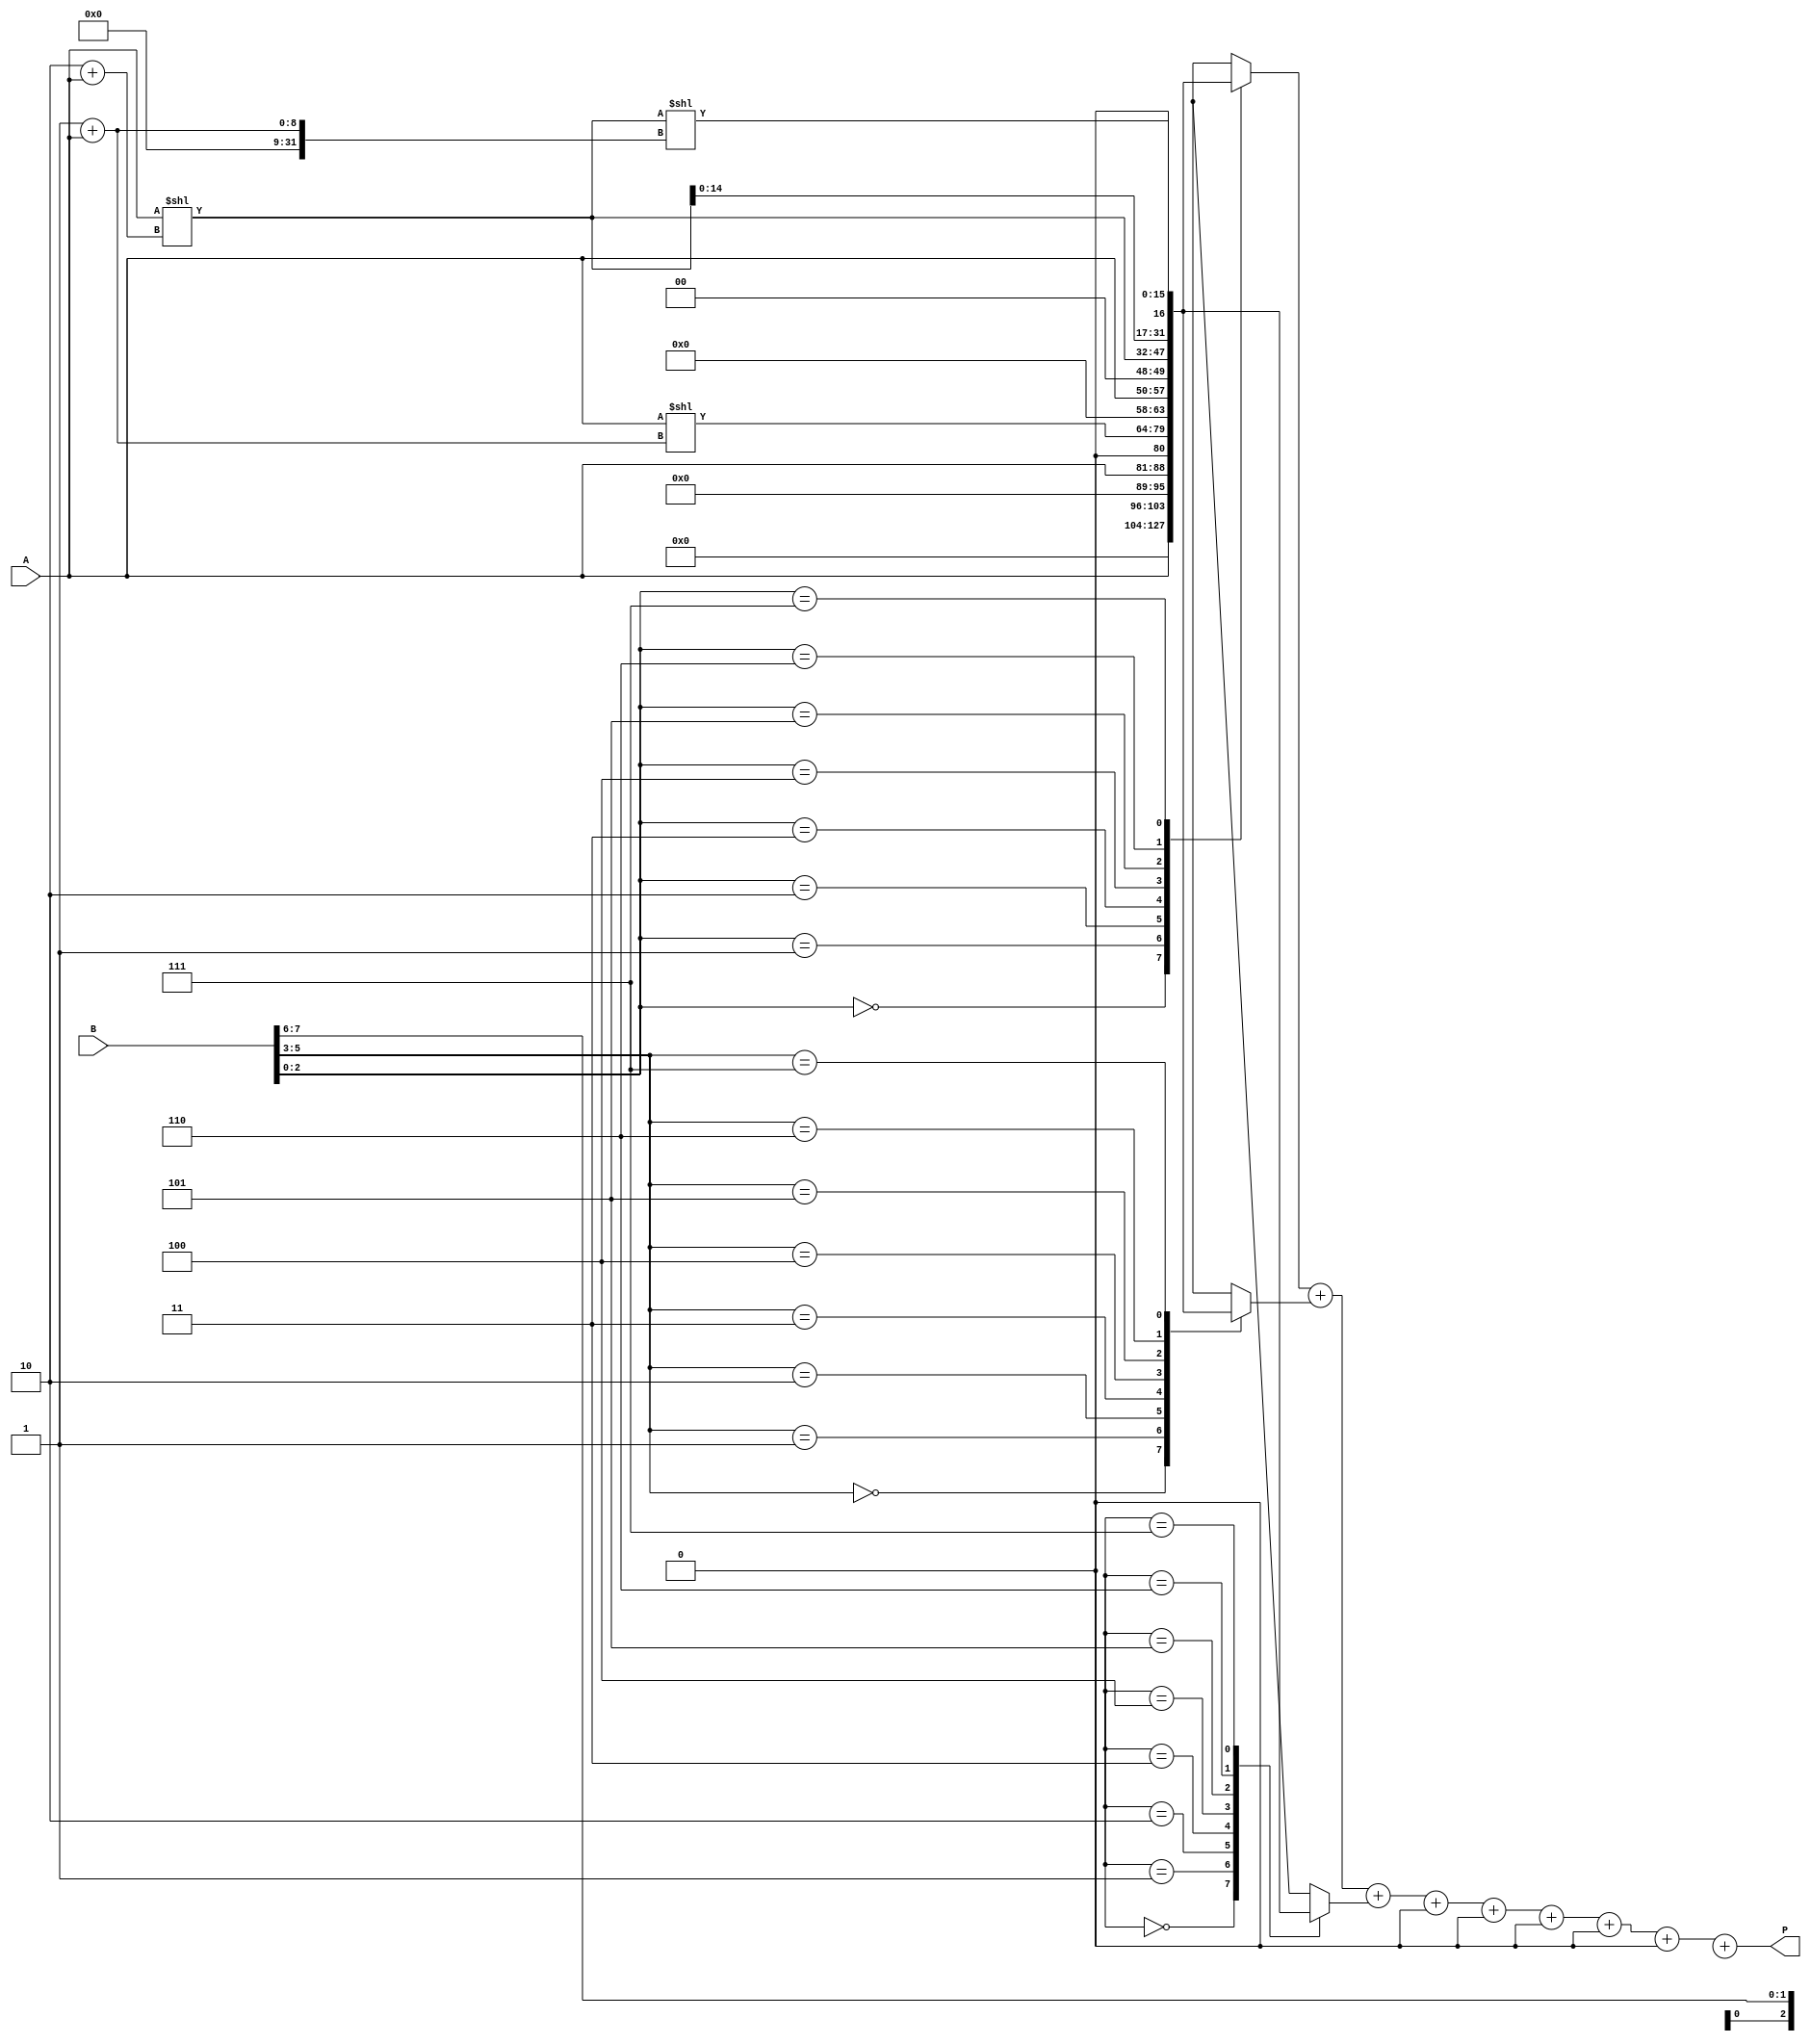
module higher_radix_wallace_multiplier #(parameter N = 8) (
    input [N-1:0] A,         // Multiplicand
    input [N-1:0] B,         // Multiplier
    output reg [2*N-1:0] P   // Product
);

    // Internal partial product storage
    reg [2*N-1:0] partial_products [0:N-1];
    wire [2*N-1:0] sum [0:2*N-1]; // For reduction stage
    wire [2*N:0] final_sum; // Final sum
    wire [N:0] carry;         // Carry bits for the last addition

    integer i;

    // Generate Partial Products for Radix-8
    always @(*) begin
        for (i = 0; i < N; i = i + 1) begin
            case(B[i*3 +: 3]) // For every 3 bits of B
                3'b000: partial_products[i] = 0;
                3'b001: partial_products[i] = A;
                3'b010: partial_products[i] = A << 1; // A*2
                3'b011: partial_products[i] = A << 1 + A; // A*3
                3'b100: partial_products[i] = A << 2; // A*4
                3'b101: partial_products[i] = A << 2 + A; // A*5
                3'b110: partial_products[i] = A << 2 + A << 1; // A*6
                3'b111: partial_products[i] = A << 2 + A << 1 + A; // A*7
                default: partial_products[i] = 0;
            endcase
        end
    end

    // Reduction Stage
    // Using a simple example of CSA to sum up the partial products
    // Note: This is a simplification; in practice, you may need a hierarchical tree structure.

    always @(*) begin
        // Initialize sums
        sum[0] = partial_products[0];
        for (i = 1; i < N; i = i + 1) begin
            sum[0] = sum[0] + partial_products[i];
        end
    end

    // Final addition of the last two rows using a simple adder
    assign final_sum = sum[0] + sum[1];

    // Output Result
    always @(*) begin
        P = final_sum;
    end

endmodule